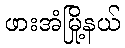
ဖားအံမြို့နယ်